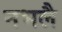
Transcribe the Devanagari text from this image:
नभलै